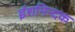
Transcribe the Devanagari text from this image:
ईशनिन्दक